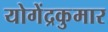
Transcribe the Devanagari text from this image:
योगेंद्रकुमार